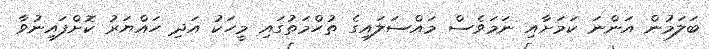
ބަލަމުން އަންނަ ކަމަށާއި ނަމަވެސް މައްސަލައިގެ ތުހްމަތުގައި މީހަކު އަދި ހައްޔަރު ކޮށްފައިނުވާ